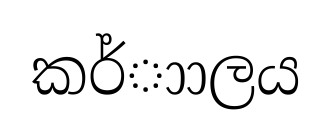
කර්ාාලය